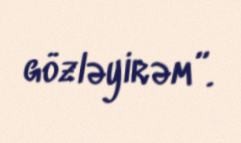
gözləyirəm”.